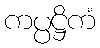
ကပ္ပဋ္ဌိကံ